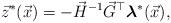
LaTeX: \begin{align*}\vec{z}^{*}(\vec{x}) = -\vec{H}^{-1}\vec{G}^{\top}\boldsymbol{\lambda}^{*}(\vec{x}),\end{align*}